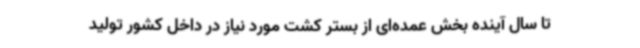
تا سال آینده بخش عمده‌ای از بستر کشت مورد نیاز در داخل کشور تولید